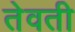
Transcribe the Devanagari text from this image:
तेवती